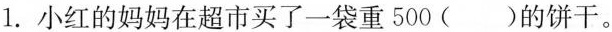
1.小红的妈妈在超市买了一袋重500()的饼干。